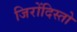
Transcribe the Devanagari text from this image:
जिरोंदिस्तो